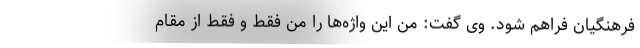
فرهنگیان فراهم شود. وی گفت: من این واژه‌ها را من فقط و فقط از مقام